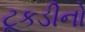
ટૂકડીનો